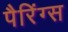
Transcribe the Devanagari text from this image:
पैरिंग्स